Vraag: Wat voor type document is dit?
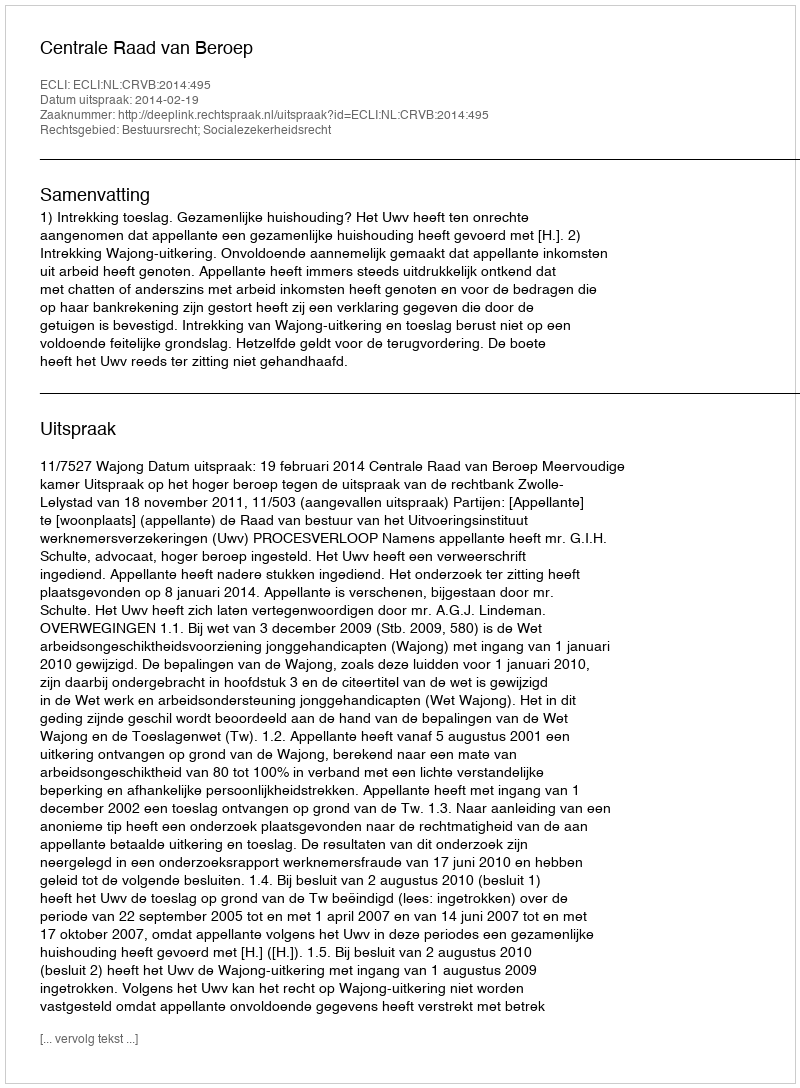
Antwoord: Uitspraak